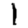
Digit: 1